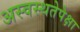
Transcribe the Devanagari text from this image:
अस्वस्थतेपेक्षा